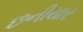
છનીયાર